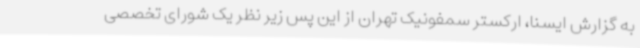
به گزارش ایسنا، ارکستر سمفونیک تهران از این پس زیر نظر یک شورای تخصصی